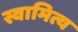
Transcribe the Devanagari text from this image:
स्वामित्य